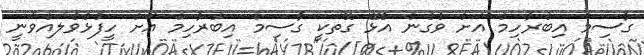
ގާސިމް އިބްރާހިމް އަށް ވެގެން އުޅޭ ގޮތަކީ ގާސިމް އިބްރާހިމް އަށް ހީފުޅުވެލައްވަނީ